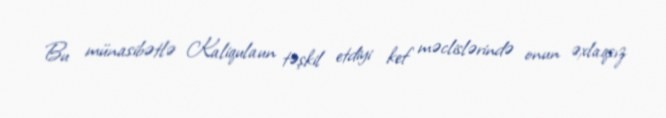
Bu münasibətlə Kaliqulaun təşkil etdiyi kef məclislərində onun əxlaqsız